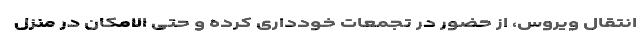
انتقال ویروس، از حضور در تجمعات خودداری کرده و حتی الامکان در منزل